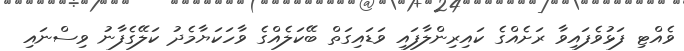
ވެއްޓި ފަޅުވެފައިވާ ރަށެއްގެ ކައިރިންލާފައި ވަޑައިގަތް ބޭކަލެއްގެ ވާހަކަޔާމެދު ކަލޭގެފާނު ވިސްނައި